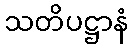
သတိပဋ္ဌာနံ